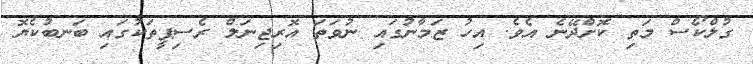
ގުލްކޯސް މަތި ކޮށްދޭނެ އެވެ. އިހު ޒަމާނުގައި ނުވަތަ އޮރިޖިނަލް ރެސިޕީތަކުގައި ބަނބުކެޔޮ